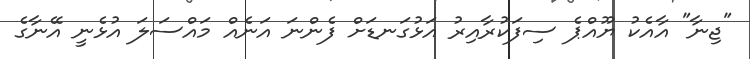
"ޖިނާ" އާއެކު ޔޫއްޕެ ސިފަކުރާއިރު އަޅުގަނޑަށް ފެންނަ އަނެއް މައްސަލަ އުޅެނީ އޭނާގެ